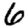
Digit: 6